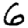
Digit: 6